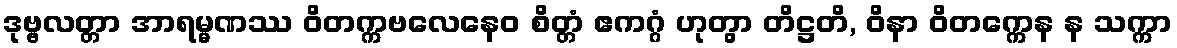
ဒုဗ္ဗလတ္တာ အာရမ္မဏဿ ဝိတက္ကဗလေနေဝ စိတ္တံ ဧကဂ္ဂံ ဟုတွာ တိဋ္ဌတိ, ဝိနာ ဝိတက္ကေန န သက္ကာ